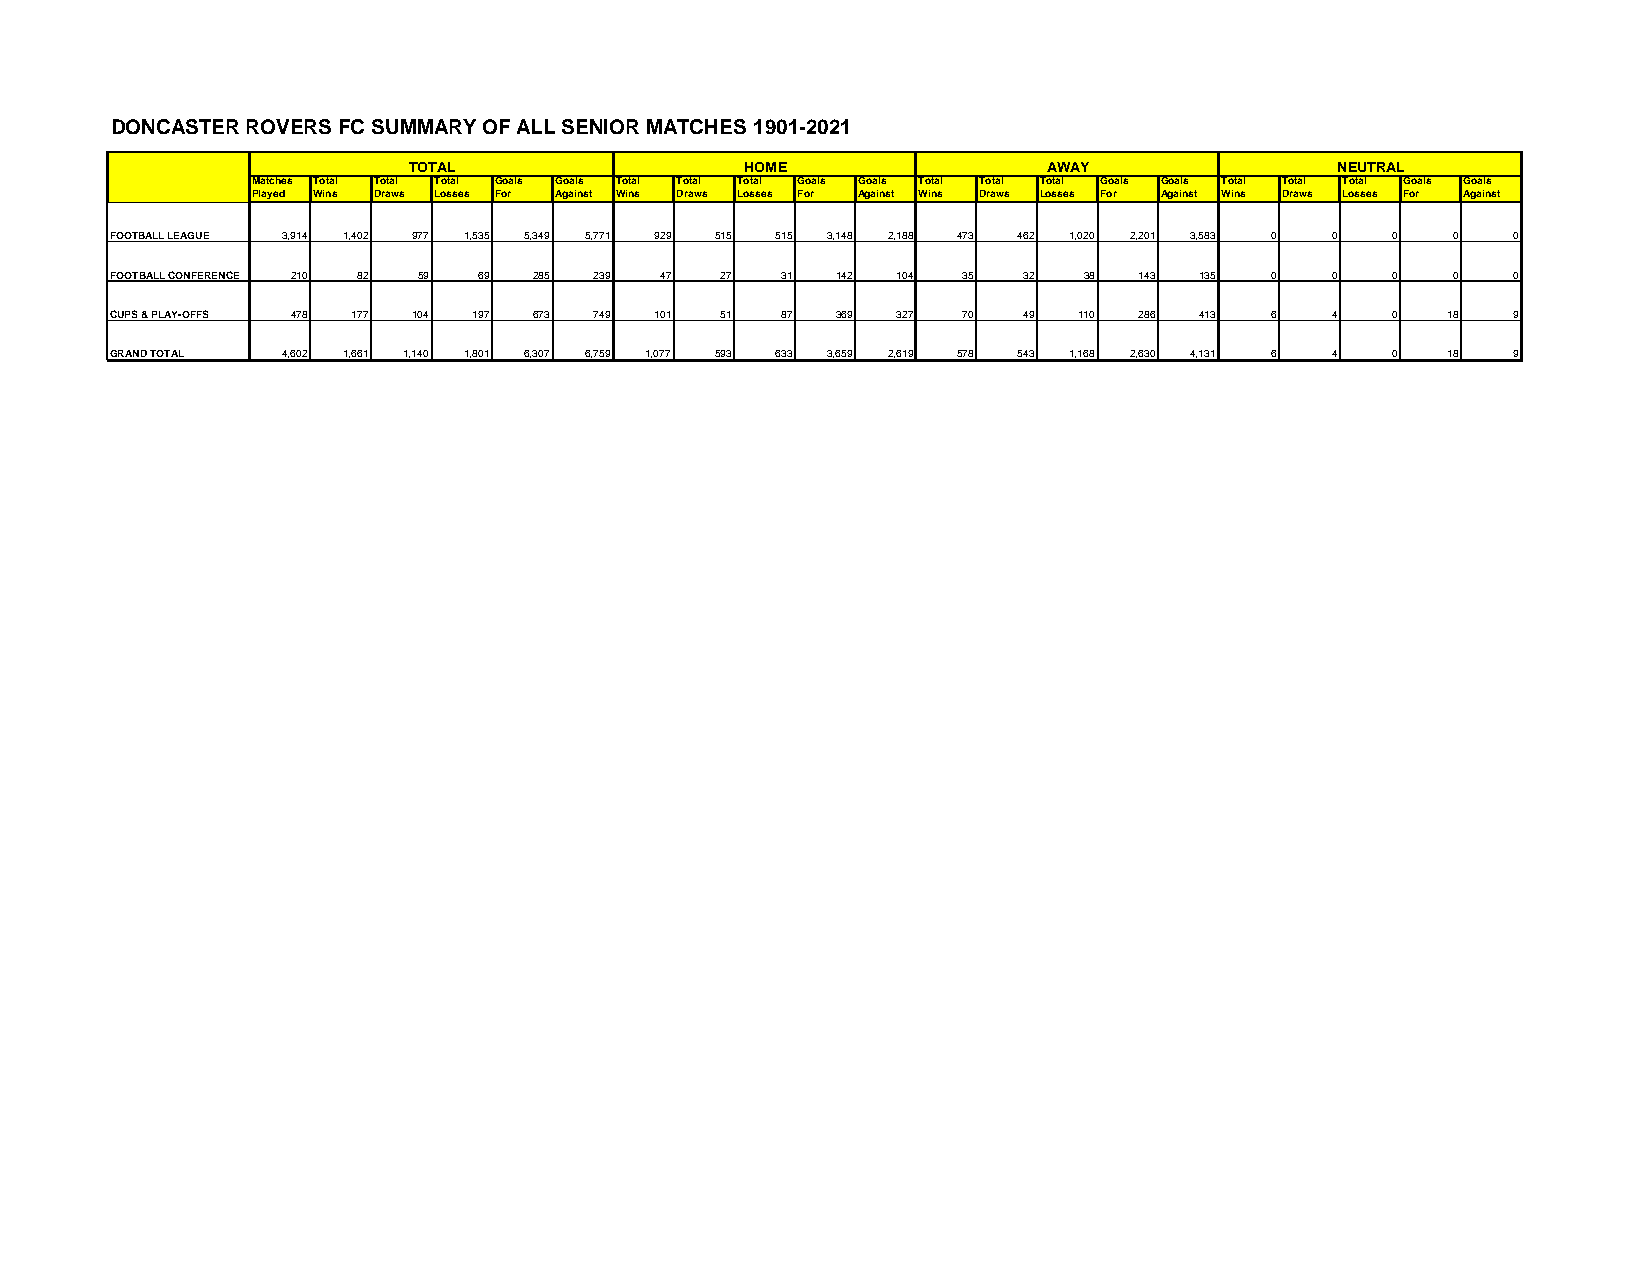
DONCASTER ROVERS FC SUMMARY OF ALL SENIOR MATCHES 1901-2021
 TOTAL                 HOME                AWAY               NEUTRAL
 Matches Total Total Total Goals Goals Total Total Total Goals Goals Total Total Total Goals Goals Total Total Total Goals Goals
 Played Wins Draws Losses For Against Wins Draws Losses For Against Wins Draws Losses For Against Wins Draws Losses For Against
 FOOTBALL LEAGUE 3,914 1,402 977 1,535 5,349 5,771 929 515 515 3,148 2,188 473 462 1,020 2,201 3,583 0 0 0 0 0
 FOOTBALL CONFERENCE 210 82 59 69 285 239 47 27 31 142 104 35 32  38 143 135  0   0   0   0   0
 CUPS & PLAY-OFFS 478 177 104 197 673 749 101 51 87 369 327 70 49 110 286 413 6   4   0   18  9
 GRAND TOTAL 4,602 1,661 1,140 1,801 6,307 6,759 1,077 593 633 3,659 2,619 578 543 1,168 2,630 4,131 6 4 0 18 9